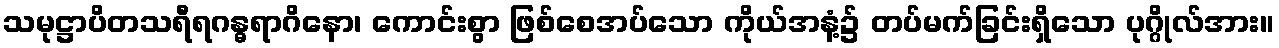
သမုဋ္ဌာပိတသရီရဂန္ဓရာဂိနော၊ ကောင်းစွာ ဖြစ်စေအပ်သော ကိုယ်အနံ့၌ တပ်မက်ခြင်းရှိသော ပုဂ္ဂိုလ်အား။